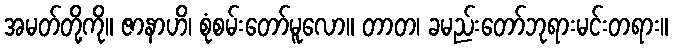
အမတ်တို့ကို။ ဇာနာဟိ၊ စုံစမ်းတော်မူလော။ တာတ၊ ခမည်းတော်ဘုရားမင်းတရား။